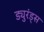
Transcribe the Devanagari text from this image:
ड्युरंड्स